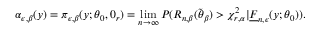
\alpha _ { \boldsymbol { \epsilon , } \beta } ( \boldsymbol { y } ) = \pi _ { \boldsymbol { \epsilon , } \beta } ( \boldsymbol { y } ; \boldsymbol { \theta } _ { 0 } , \boldsymbol { 0 } _ { r } ) = \operatorname* { l i m } _ { n \rightarrow \infty } P ( R _ { n , \beta } ( \widetilde { \boldsymbol { \theta } } _ { \beta } ) > \chi _ { r , \alpha } ^ { 2 } | \underline { { F } } _ { \boldsymbol { n , \epsilon } } ( \boldsymbol { y } ; \boldsymbol { \theta } _ { 0 } ) ) .